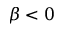
\beta < 0